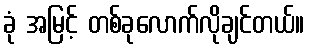
ခုံ အမြင့် တစ်ခုလောက်လိုချင်တယ်။